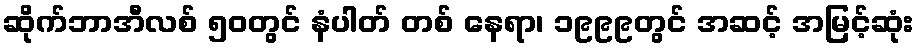
ဆိုက်ဘာအီလစ် ၅၀တွင် နံပါတ် တစ် နေရာ၊ ၁၉၉၉တွင် အဆင့် အမြင့်ဆုံး